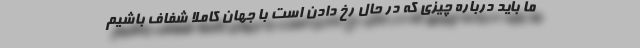
ما باید درباره چیزی که در حال رخ دادن است با جهان کاملا شفاف باشیم